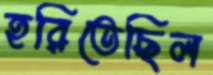
হরিতেছিল